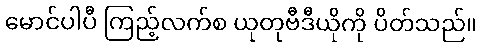
မောင်ပါပီ ကြည့်လက်စ ယုတုဗီဒီယိုကို ပိတ်သည်။